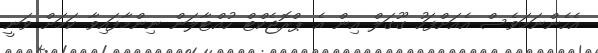
އެހެންނަމަވެސް އެއަށްފަހު ގޫގަލް އިން އެ ޕްރޮޖެކްޓް ހުއްޓާލަން ނިންމާފައިވާ ކަމަށް ވަނީ